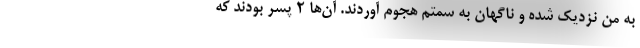
به من نزدیک شده و ناگهان به سمتم هجوم آوردند. آن‌ها ۲ پسر بودند که